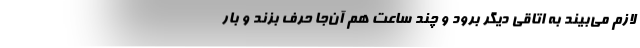
لازم می‌‌بیند به اتاقی دیگر برود و چند ساعت هم آن‌جا حرف بزند و بار